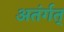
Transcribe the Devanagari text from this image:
अतंर्गत्